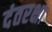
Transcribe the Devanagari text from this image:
दंतरक्षा